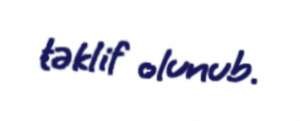
təklif olunub.